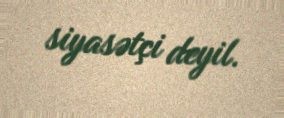
siyasətçi deyil.